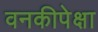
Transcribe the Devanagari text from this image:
वनकीपेक्षा